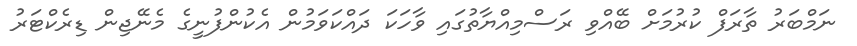
ނަމްބަރު ތާރަފް ކުރުމަށް ބޭއްވި ރަސްމިއްޔާތުގައި ވާހަކަ ދައްކަވަމުން އެކުންފުނީގެ މެނޭޖިން ޑިރެކްޓަރު